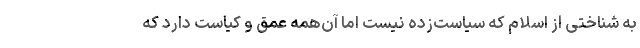
به شناختی از اسلام که سیاست‌زده نیست اما آن‌همه عمق و کیاست دارد که